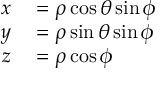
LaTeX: \begin{array} { r l } { x } & { { } = \rho \cos \theta \sin \phi } \\ { y } & { { } = \rho \sin \theta \sin \phi } \\ { z } & { { } = \rho \cos \phi } \end{array}